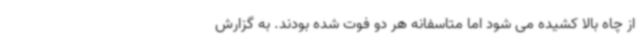
از چاه بالا کشیده می شود اما متاسفانه هر دو فوت شده بودند. به گزارش